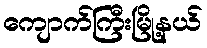
ကျောက်ကြီးမြို့နယ်